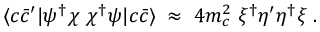
\langle c \bar { c } ^ { \prime } | \psi ^ { \dagger } \chi \; \chi ^ { \dagger } \psi | c \bar { c } \rangle \; \approx \; 4 m _ { c } ^ { 2 } \; \xi ^ { \dagger } \eta ^ { \prime } \eta ^ { \dagger } \xi \; .